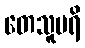
တေသူပရိ